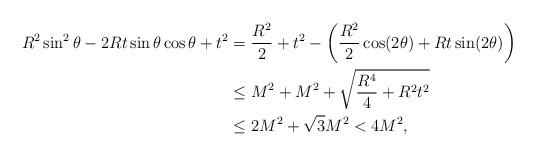
LaTeX: \begin{align*}R^2 \sin^2\theta - 2 R t \sin\theta\cos\theta +t^2 &= \frac{R^2}{2}+t^2 - \left(\frac{R^2}{2}\cos (2\theta) +R t \sin(2\theta)\right) \\&\leq M^2+ M^2 + \sqrt{\frac{R^4}{4}+R^2 t^2} \\&\leq 2 M^2 + \sqrt{3}M^2 < 4 M^2, \end{align*}